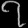
Digit: ၇